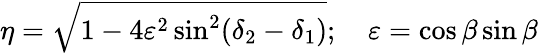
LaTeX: \eta=\sqrt{1-4\varepsilon^{2}\sin^{2}(\delta_{2}-\delta_{1})};\quad\varepsilon=\cos\beta\sin\beta